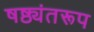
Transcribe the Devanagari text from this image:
षष्ठ्यंतरूप